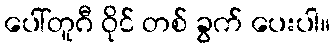
ပေါ်တူဂီ ဝိုင် တစ် ခွက် ပေးပါ။